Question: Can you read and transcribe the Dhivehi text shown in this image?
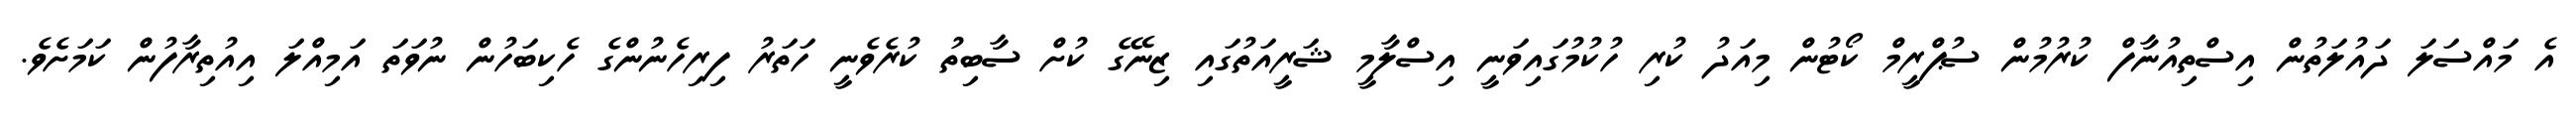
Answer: އެ މައްސަލަ ދައުލަތުން އިސްތިއުނާފް ކުރުމުން ސުޕްރީމް ކޯޓުން މިއަދު ކުރި ހުކުމުގައިވަނީ އިސްލާމީ ޝަރީއަތުގައި ޒިނޭގެ ކުށް ސާބިތު ކުރެވެނީ ހަތަރު ފިރިހެނުންގެ ހެކިބަހުން ނުވަތަ އަމިއްލަ އިއުތިރާފުން ކަމަށެވެ.